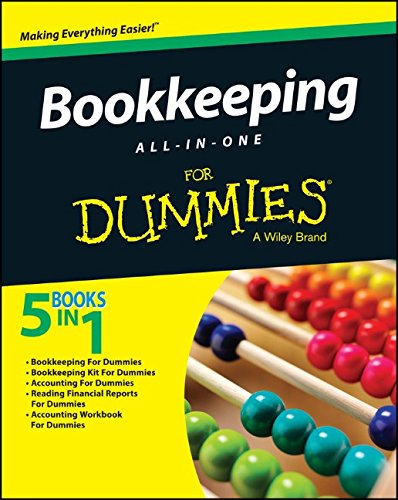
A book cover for Bookkeeping All-In-One For Dummies; Consumer Dummies; Business & Money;